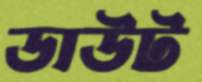
ডাউট